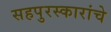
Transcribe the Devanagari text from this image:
सहपुरस्कारांचे